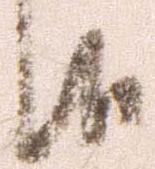
候